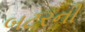
બટરની